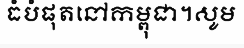
ធំបំផុតនៅកម្ពុជា។សូម